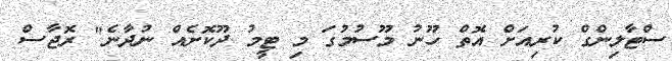
ސްޓާލިންގް ކުރިއަށް އޮތް ހޫނު މޫސުމުގަ މި ޓީމު ދޫކޮށެއް ނުދާނެ" ރޮޖާސް